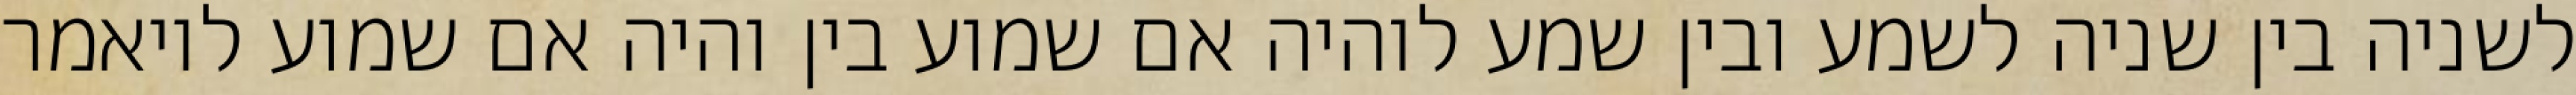
לשניה בין שניה לשמע ובין שמע לוהיה אם שמוע בין והיה אם שמוע לויאמר